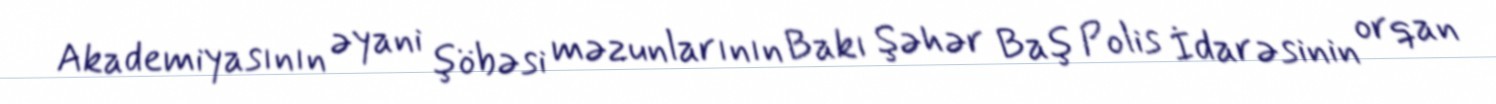
Akademiyasının əyani şöbəsi məzunlarının Bakı Şəhər Baş Polis İdarəsinin orqan